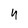
Character: 4